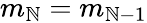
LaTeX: m_{\mathbb{N}}=m_{\mathbb{N}-1}